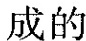
成的